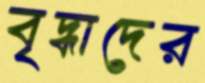
বৃদ্ধাদের